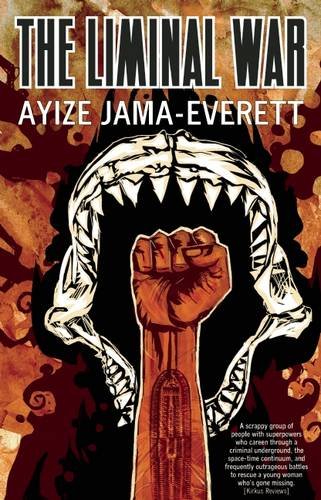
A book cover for The Liminal War: a novel; Ayize Jama-Everett; Science Fiction & Fantasy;